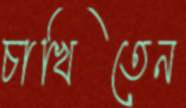
চাখিতেন